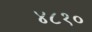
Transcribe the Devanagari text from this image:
४८१०